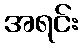
အရင်း